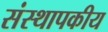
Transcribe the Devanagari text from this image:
संस्थापकीय